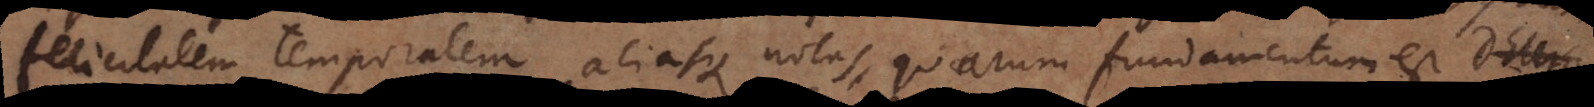
felicitatem temporalem, aliasque notas, quarum fundamentum est Deum